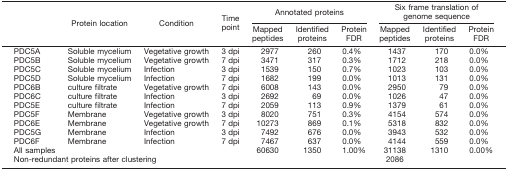
<table><thead><tr><td rowspan="2"></td><td rowspan="2"><b>Protein location</b></td><td rowspan="2"><b>Condition</b></td><td rowspan="2"><b>Time point</b></td><td colspan="3"><b>Annotated proteins</b></td><td colspan="3"><b>Six frame translation of genome sequence</b></td></tr><tr><td><b>Mapped peptides</b></td><td><b>Identified proteins</b></td><td><b>Protein FDR</b></td><td><b>Mapped peptides</b></td><td><b>Identified proteins</b></td><td><b>Protein FDR</b></td></tr></thead><tbody><tr><td>PDC5A</td><td>Soluble mycelium</td><td>Vegetative growth</td><td>3 dpi</td><td>2977</td><td>260</td><td>0.4%</td><td>1437</td><td>170</td><td>0.0%</td></tr><tr><td>PDC5B</td><td>Soluble mycelium</td><td>Vegetative growth</td><td>7 dpi</td><td>3471</td><td>317</td><td>0.3%</td><td>1712</td><td>218</td><td>0.0%</td></tr><tr><td>PDC5C</td><td>Soluble mycelium</td><td>Infection</td><td>3 dpi</td><td>1539</td><td>150</td><td>0.7%</td><td>1023</td><td>103</td><td>0.0%</td></tr><tr><td>PDC5D</td><td>Soluble mycelium</td><td>Infection</td><td>7 dpi</td><td>1682</td><td>199</td><td>0.0%</td><td>1013</td><td>131</td><td>0.0%</td></tr><tr><td>PDC6B</td><td>culture filtrate</td><td>Vegetative growth</td><td>7 dpi</td><td>6008</td><td>143</td><td>0.0%</td><td>2950</td><td>79</td><td>0.0%</td></tr><tr><td>PDC6C</td><td>culture filtrate</td><td>Infection</td><td>3 dpi</td><td>2692</td><td>69</td><td>0.0%</td><td>1026</td><td>47</td><td>0.0%</td></tr><tr><td>PDC5E</td><td>culture filtrate</td><td>Infection</td><td>7 dpi</td><td>2059</td><td>113</td><td>0.9%</td><td>1379</td><td>61</td><td>0.0%</td></tr><tr><td>PDC5F</td><td>Membrane</td><td>Vegetative growth</td><td>3 dpi</td><td>8020</td><td>751</td><td>0.3%</td><td>4154</td><td>574</td><td>0.0%</td></tr><tr><td>PDC6E</td><td>Membrane</td><td>Vegetative growth</td><td>7 dpi</td><td>10273</td><td>869</td><td>0.1%</td><td>5318</td><td>832</td><td>0.0%</td></tr><tr><td>PDC5G</td><td>Membrane</td><td>Infection</td><td>3 dpi</td><td>7492</td><td>676</td><td>0.0%</td><td>3943</td><td>532</td><td>0.0%</td></tr><tr><td>PDC6F</td><td>Membrane</td><td>Infection</td><td>7 dpi</td><td>7467</td><td>637</td><td>0.0%</td><td>4144</td><td>559</td><td>0.0%</td></tr><tr><td>All samples</td><td></td><td></td><td></td><td>60630</td><td>1350</td><td>1.00%</td><td>31138</td><td>1310</td><td>0.00%</td></tr><tr><td colspan="7">Non-redundant proteins after clustering</td><td colspan="3">2086</td></tr></tbody></table>